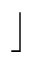
\rfloor